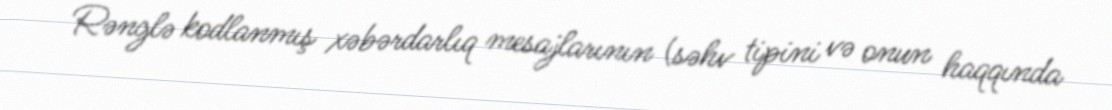
Rənglə kodlanmış xəbərdarlıq mesajlarının (səhv tipini və onun haqqında